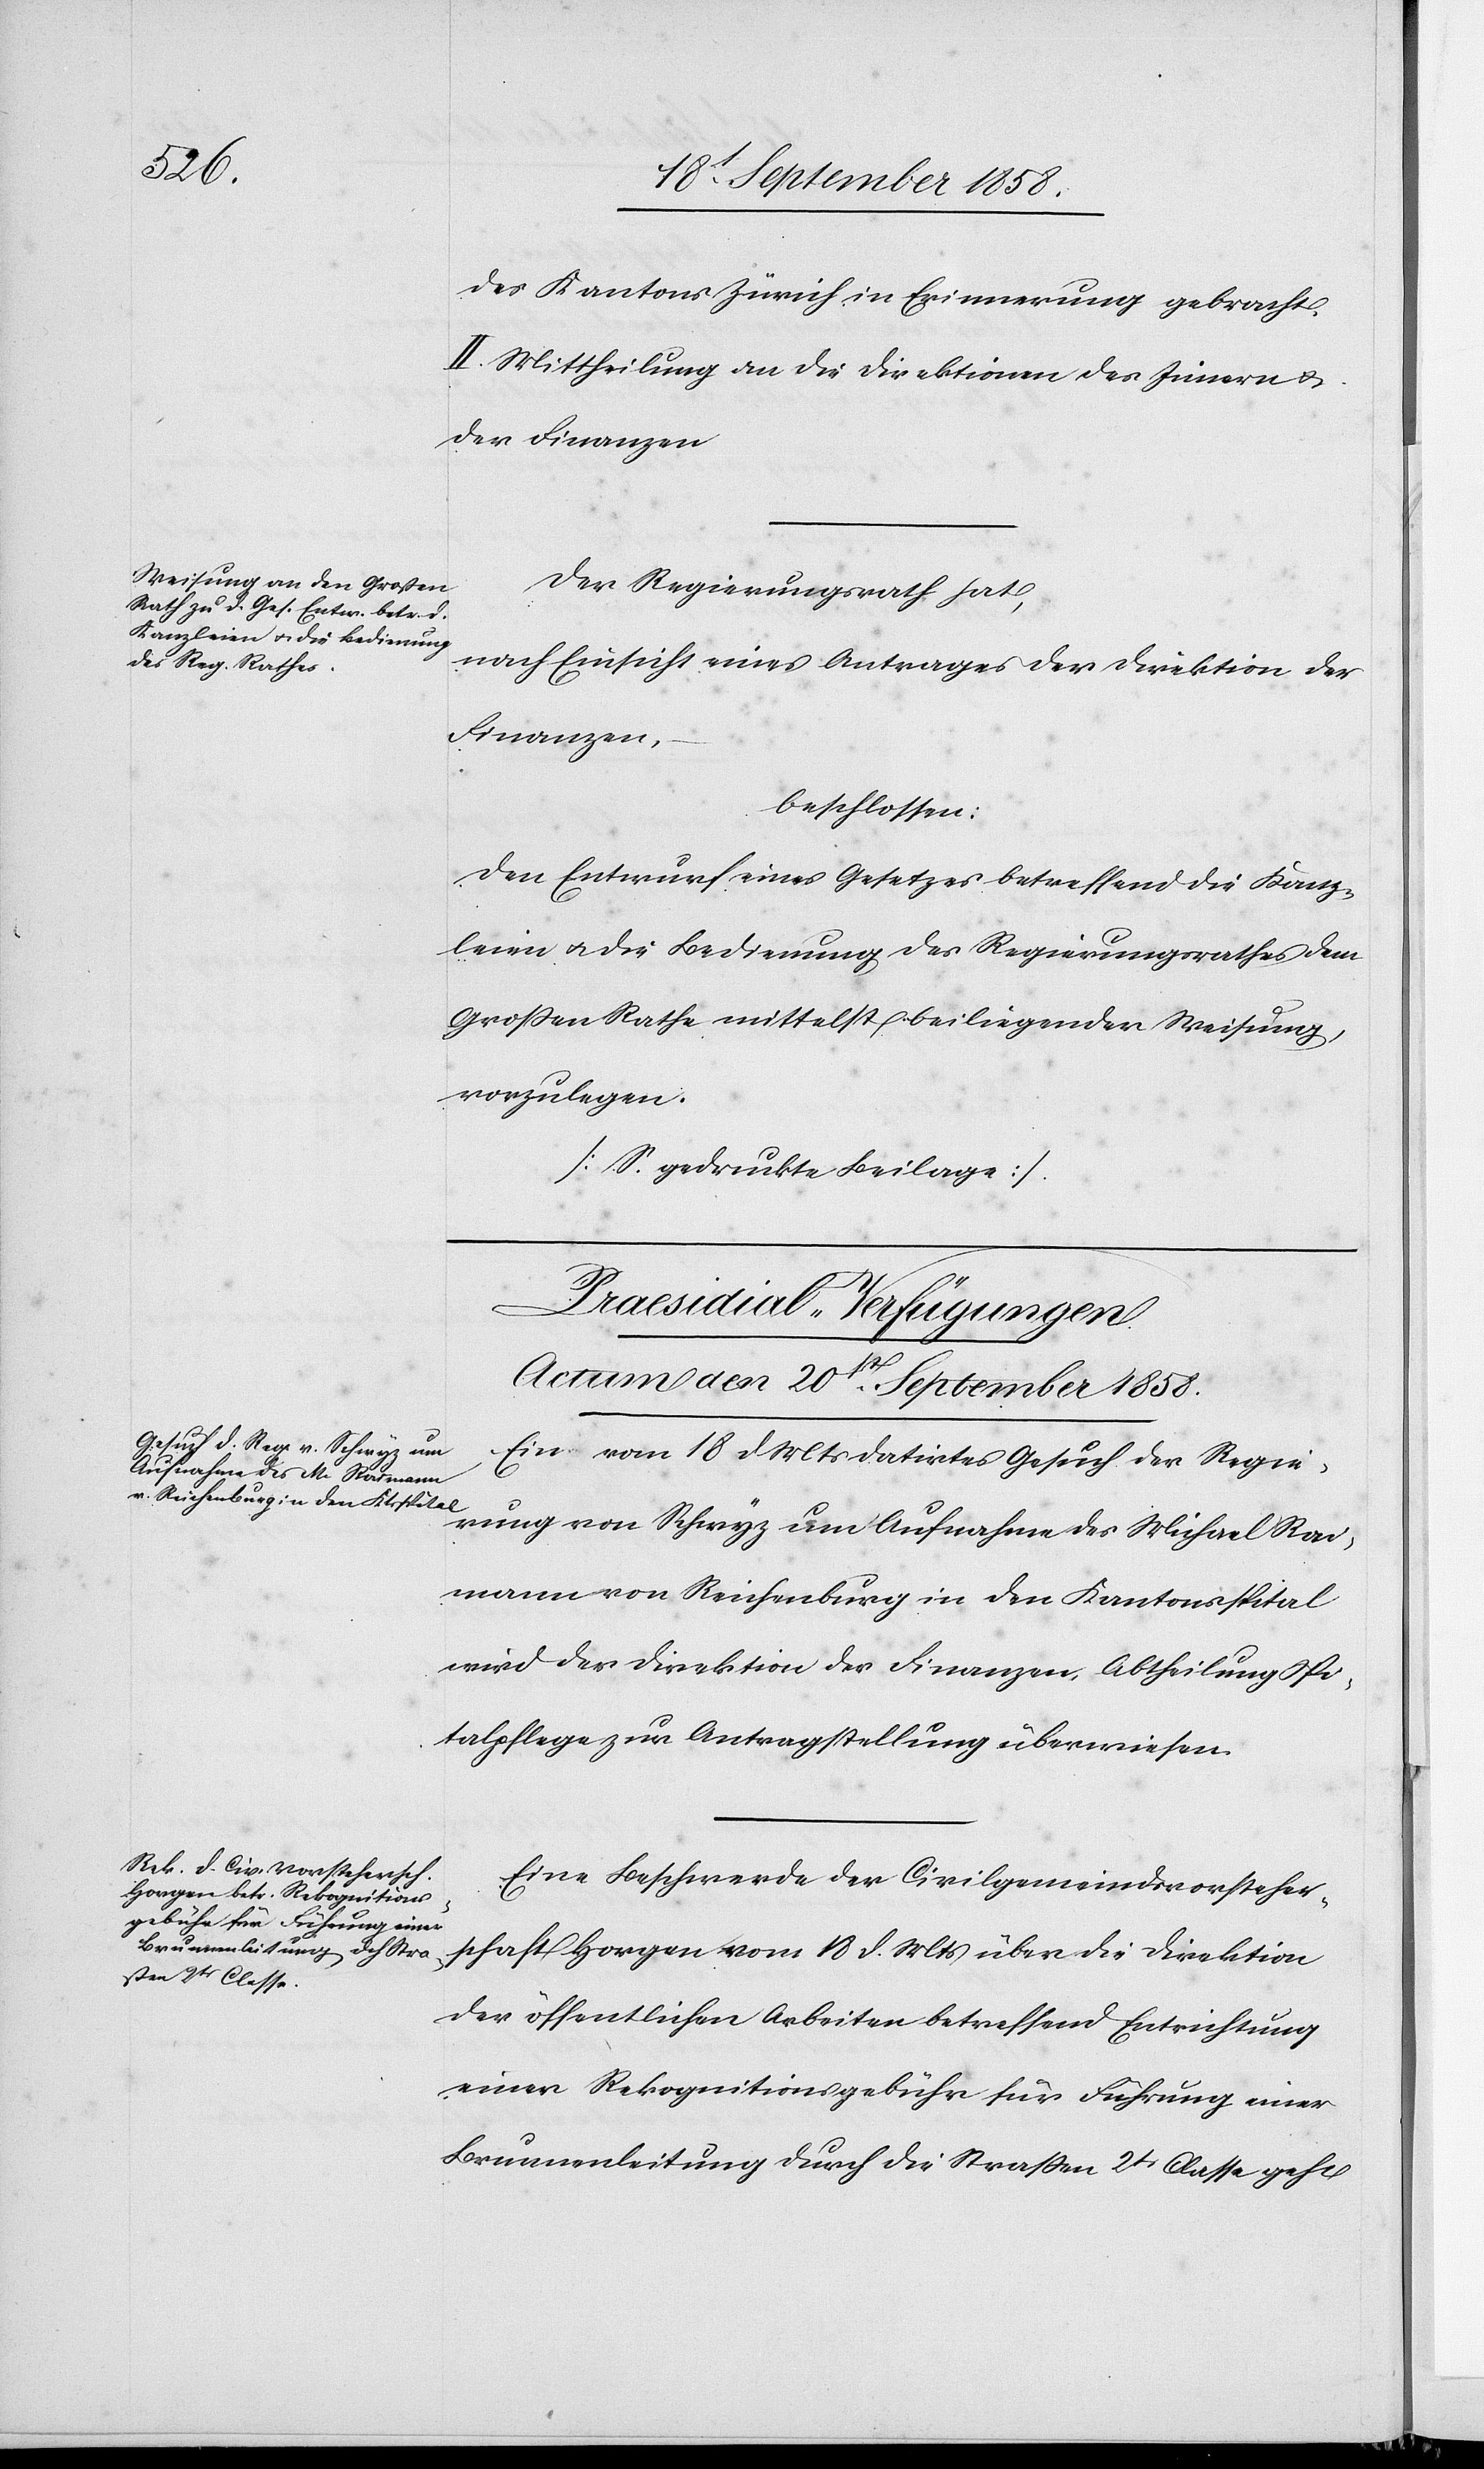
20st. September 1858.]
des Kantons Zürich in Erinnerung gebracht.
II. Mittheilung an die Direktionen des Innern &
der Finanzen.
Der Regierungsrath hat,
nach Einsicht eines Antrages der Direktion der
Finanzen,
beschlossen:
Den Entwurf eines Gesetzes betreffend die Kanz¬
leien & die Bedienung des Regierungsrathes dem
Großen Rathe mittelst beiliegender Weisung,
vorzulegen.
[S. gedruckte Beilage].
[Praesidial-Verfügungen.
Ein vom 18 d. Mts datirtes Gesuch der Regie¬
rung von Schwyz um Aufnahme des Michael Rai¬
mann von Reichenburg in den Kantonsspital
wird der Direktion der Finanzen, Abtheilung Spi¬
talpflege zur Antragstellung überwiesen.
Eine Beschwerde der Civilgemeindsvorsteher¬
schaft Horgen vom 18 d. Mts über die Direktion
der öffentlichen Arbeiten betreffend Entrichtung
einer Rekognitionsgebühr für Führung einer
Brunnenleitung durch die Straßen 2tr Classe geht